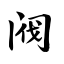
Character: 阀